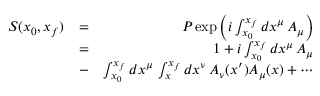
\begin{array} { r l r } { S ( x _ { 0 } , x _ { f } ) } & { = } & { P \exp \left( i \int _ { x _ { 0 } } ^ { x _ { f } } d x ^ { \mu } \, A _ { \mu } \right) } \\ & { = } & { 1 + i \int _ { x _ { 0 } } ^ { x _ { f } } d x ^ { \mu } \, A _ { \mu } } \\ & { - } & { \int _ { x _ { 0 } } ^ { x _ { f } } d x ^ { \mu } \, \int _ { x } ^ { x _ { f } } d x ^ { \nu } \, A _ { \nu } ( x ^ { \prime } ) A _ { \mu } ( x ) + \cdots } \end{array}